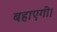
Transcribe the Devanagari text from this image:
बहाएगी।